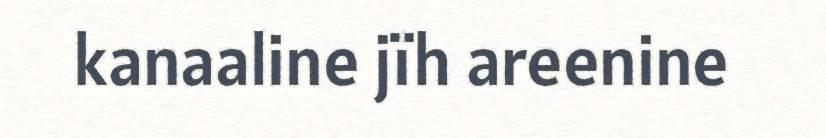
kanaaline jïh areenine